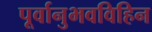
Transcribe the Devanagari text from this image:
पूर्वानुभवविहिन